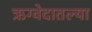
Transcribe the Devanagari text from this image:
ऋग्वेदातल्या